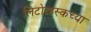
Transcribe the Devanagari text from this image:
लिटोव्हस्कच्या